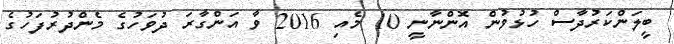
ބީލަންކަރުދާސް ހުޅުވުން އޮންނާނީ 10 މެއި 2016 ވާ އަންގާރަ ދުވަހުގެ މެންދުރުފަހުގެ